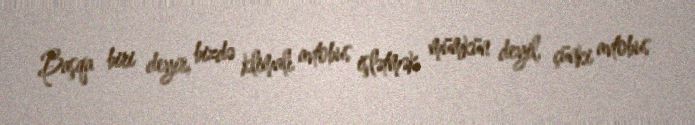
Başqa biri deyir, bizdə klimalı avtobus işlətmək mümkün deyil, çünki avtobus